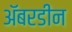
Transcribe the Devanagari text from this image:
अॅबरडीन